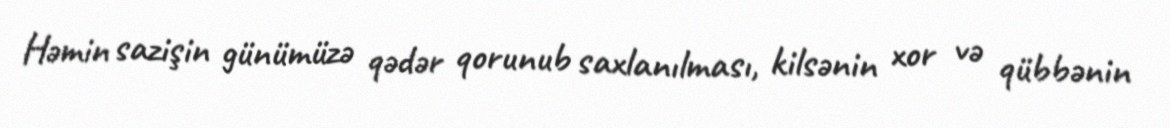
Həmin sazişin günümüzə qədər qorunub saxlanılması, kilsənin xor və qübbənin